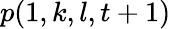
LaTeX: p(1,k,l,t+1)